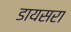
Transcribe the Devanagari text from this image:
डायसरा